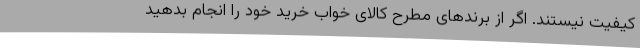
کیفیت نیستند. اگر از برندهای مطرح کالای خواب خرید خود را انجام بدهید